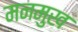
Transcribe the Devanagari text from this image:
मनमुख